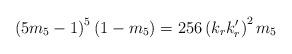
LaTeX: \begin{align*}\left(5m_5-1\right)^5\left(1-m_5\right)=256\left(k_rk'_r\right)^2m_5\end{align*}